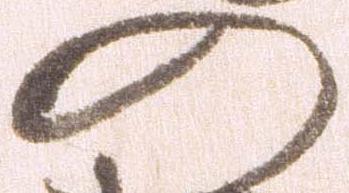
の